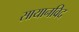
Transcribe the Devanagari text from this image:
सायानविद